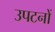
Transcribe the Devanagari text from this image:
उपटनों